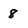
Character: 8